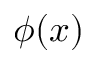
\phi ( x )